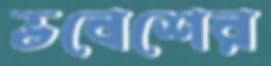
ভবেশের